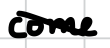
Text: come.
Cross-out: diagonal
Writing tool: digital_black